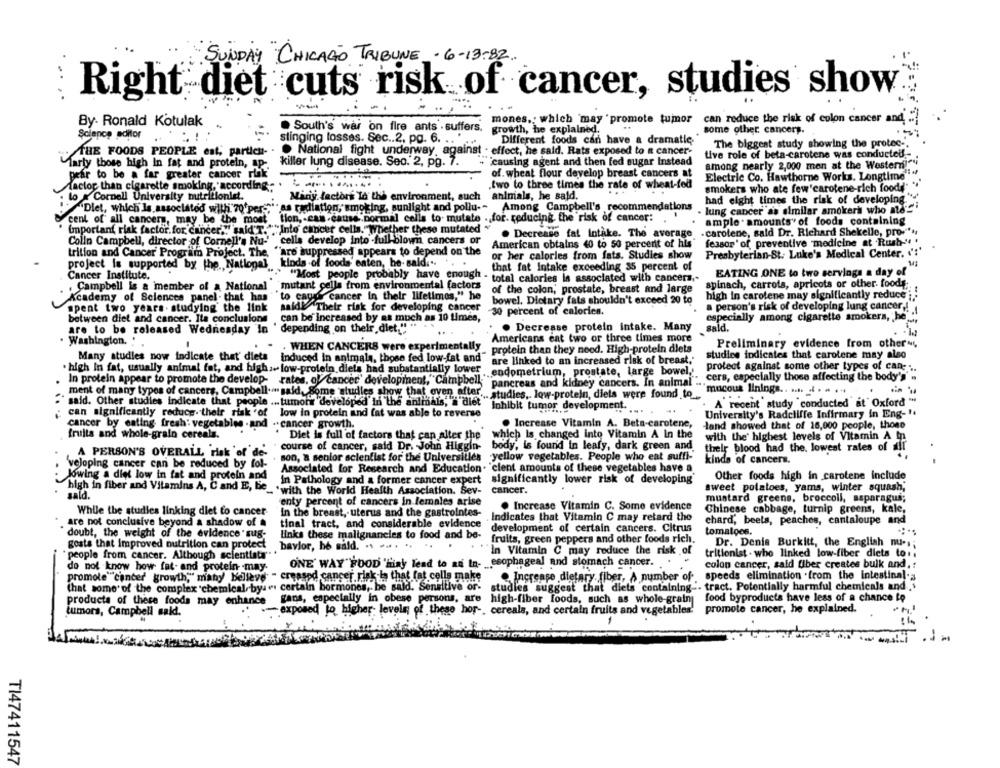
SUNDAY "CHICAGO TRIBUNE - 6-13-82
Right diet cuts risk of cancer, studies show
By. Ronald Kotulak
mones, which may ' promote tumor can reduce the risk of colon cancer and. .. ]
. South's war on fire ants . suffers.
growth, he explained.
some other cancers.
Science editor
stinging losses. Sec .. 2. pg. 6. ..
Different foods can have a dramatie.
The biggest study showing the protec -.
THE FOODS PEOPLE est, particu-
AHE FOODS PEOPLE est, particu- . . National fight underway, against . effect, he said. Rats exposed to a cancer-
tive role of beta-carotene was conducted .-
"causing agent and then fed sugar Instead
Marty those high in fat and protein, ap-
killer lung disease. Seo. 2, pp. 7.
among nearly 2,000 mon at the Western
pear to be a far greater cancer rin
of. wheat flour develop breast cancers at
Electric Co. Hawthorne Works. Longtime"
--
two to three times the rate of wheat-fed
Aactor than cigarette smoking, according. .
smokers who ate few'carotene-rich foodd"
lo x Cornell University nutritionist.
Miniy lectors To the environment, such animals, he said.
had eight times the risk of developing."
Dlet, which Is associated with 70'per->" as radiation, smoking, sunlight and pollu --
Among Campbell's recommendations
Dlet, which Is associated with 70'per"
- lung cancer as similar amokers who mes
cent of all cancers, may be the most
tion, - cam -cause"pormal cells to. mutate . for. reducing the risk of cancer:
ample amounts" of foods containing
Important risk factor.for cancer'"""said T.""" Into cancer cells."Whether these mutated
. Decrease fat Intake. The average
- carotene, said Dr. Richard Shekelle, pro-" **
Colin Campbell, director of Cornell's Nu- cells develop into -full-blown cancers or
American obtains 40 to 50 percent of his
fessor' of preventive medicine at Rush-" .
trition and Cancer' Program Project. The.
""are suppressed appears to depend on the
Presbyterian-St. Luke's Medical Center. ':'
project is supported by the National kinds of foods' enten, he- said ... .
or her calories from fats. Studies show
that fat Intake exceeding 35 percent of
Cancer Institute.
"Most people probably have enough .
EATING ONE to two servings a day of
mutant cella from environmental factors
total calories is associated with cancera .-
spinach, carrots, apricots or other foody:
Campbell is a member of a National
of the colon; prostate, breast and large
Academy of Sciences panel - that has
to carry
cancer in their lifetimes," he
bowel. Dietary fats shouldn't exceed 20 to
high in carotene may significantly reduce ;..
spent two years . studying the link
said! Their risk for developing cancer
a person's risk of developing lung cancer!
-30 percent of calorien.
between diet and cancer. Ita conclusione
can be increased by as much as 10 times,
especially among cigarette smokers, he "
are to be released Wednesday in ' depending on their diet."
. ..
. Decrease protein intake. Many
sald.
Americans cat two or three times more
Washington. '
Preliminary evidence from other".
. . WHEN CANCERS were experimentally
- protein than they need. High-protein diets
Many studies now indicate that diets induced in animals, those fed low-fat and"
are linked to an increased risk of breast."
studies indicates that carotene may also
· high In fat, usually animal fat, and high:+ low-protein diets had substantially lower
protect against some other types of can- ...
.. endometrium, prostate, large bowel,'
" cers, especially those affecting the body's' .
In protein appear to promote the develop- rates, of cancer" development,"Campbell;"
pancreas and kidney cancers. In animal" ...
"mucous linings .. .... .. . . . "
ment of many types of cancers, Campbell." said, Some 'studies show that oven after. studies, low-protein, diets were found to_
said. Other studies indicate that people ... tumora developed In the animals,"a diet"
Inhibit tumor development.
A recent study conducted at Oxford "
. .. .
can significantly reduce. their risk of low in protein and fat was able to reverse
University's Radcliffe Infirmary in Eng- 14
cancer by eating fresh: vegetables -and . cancer growth.
Increase Vitamin A. Beta-carotene,
land showed that of 16,000 people, those
fruits and whole-grain cereals.
Diet is full of factors that can alter the
which Is changed into Vitamin A In the
with the' highest levels of Vitamin A in
course of cancer, said Dr. John Higgin-
body, is found in leafy, dark green and
A PERSON'S OVERALL risk of de'
their blood had the. lowest rates of air
son, a senior scientist for the Universities
yellow vegetables. People who eat suffi-
kinds of cancers.
veloping cancer can be reduced by fol-
Associated for Research and Education. 'cient amounts of these vegetables have a
lowing a diet low in fat and protein and
Other foods high in carotene include
in Pathology and a former cancer expert
significantly lower risk of developing
high in fiber and Vitamins A, Cand E, Be
. "with the World Health Association. Sev-
cancer.
sweet potatoes, yams, winter squash,
sald.
mustard greens, broccoli, asparagus;
enty percent of cancers in females arise
. Increase Vitamin C. Some evidence
While the studies linking diet to cancer
In the breast, uterus and the gastrointes-
Chinese cabbage, turnip greens, kale,
are not conclusive beyond a shadow of
tinal tract, and considerable evidence
Indicates that Vitamin C may retard the
chard, beets, peaches, cantaloupe and
development of certain cancers. Citrus
tomatoes.
doubt, the weight of the evidence " sug-
links these malignaneles to food and be-
gosta that Improved nutrition can protect
fruits, green peppers and other foods rich.
Dr. Denis Burkitt, the English nu-1;
baylor, he said. .. ...
In Vitamin C may reduce the risk of
tritionist . who linked low-fiber diets to .;
people from cancer. Although scientists"
do not know how fat- and protein may.
ONE' WAY" FOOD 'miay lead to an In- esophageal and stomach cancer.
colon cancer, said fiber creates bulk and, !
promole""cancer growth," many belleve - creased cancer risk la that fat cells make
speeds elimination .from the intestinal-
Increase dietary fiber, A number of
Chat some of the complex chemical byses certain bormones, be said. Sensitive or-
studies suggest that diets containing .. tract. Potentially harmful chemicals and.
gans, especially in obese persons, are high-fiber foods, such as whole-grain
food byproducts have less of a chance to
products of these foods may enhance
tumors, Campbell said.
. exposed to higher levels; of these hor -, cereals, and certain fruits and vegetables'
promote cancer, he explained.
--
TI47411547